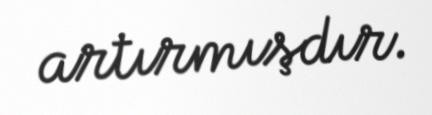
artırmışdır.